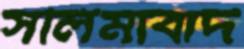
সলিমাবাদ